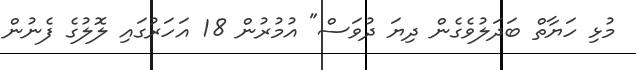
މުޅި ހަޔާތް ބަދަލުވެގެން ދިޔަ ދުވަސް" އުމުރުން 18 އަހަރުގައި ލޮލުގެ ފެނުން